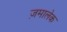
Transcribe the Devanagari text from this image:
ज़मालेक